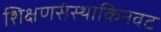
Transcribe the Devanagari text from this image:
शिक्षणसंस्थाकिनवट